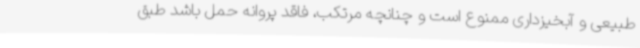
طبیعی و آبخیزداری ممنوع است و چنانچه مرتکب، فاقد پروانه حمل باشد طبق